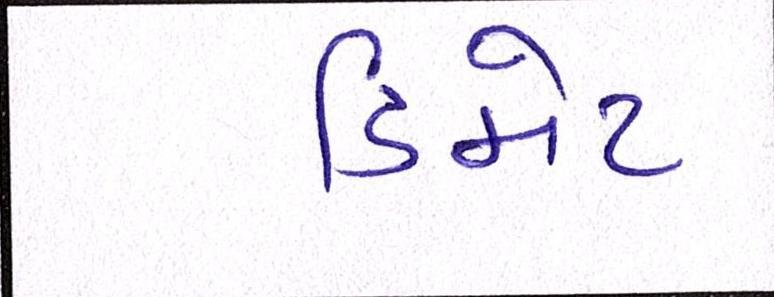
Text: ડિમેટ